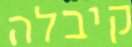
קיבלה